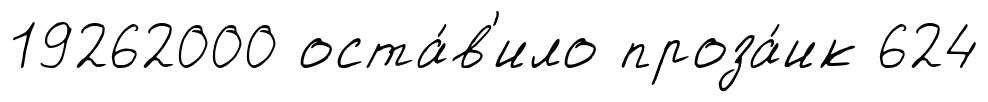
19262000 оста́в'ило проза́ик 624